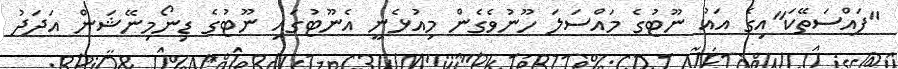
"ފައްސަތޭކަ"އިގެ އައު ނޫޓުގެ މައްސަލަ ހޫނުވެގެން މިއުޅެނީ އެނޫޓުގައި ނޫޓުގެ ޑިނޯމިނޭޝަން އަދަދު